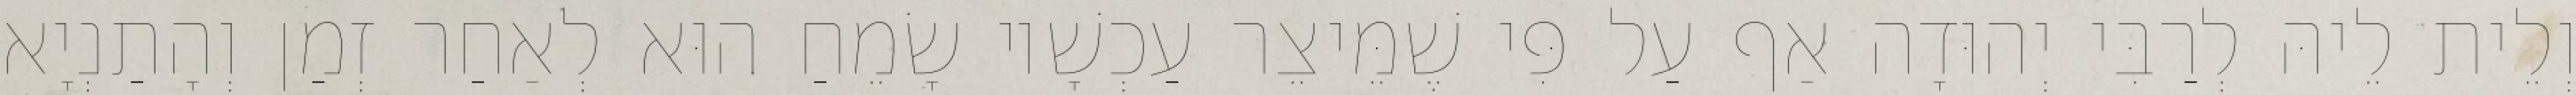
וְלֵית לֵיהּ לְרַבִּי יְהוּדָה אַף עַל פִּי שֶׁמֵּיצֵר עַכְשָׁיו שָׂמֵחַ הוּא לְאַחַר זְמַן וְהָתַנְיָא